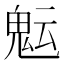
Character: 𩲑